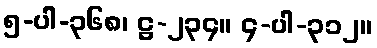
၅-ပါ-၃၆၈၊ ဋ္ဌ-၂၃၄။ ၄-ပါ-၃၁၂။